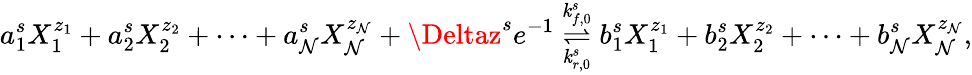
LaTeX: a_{1}^{s}X_{1}^{z_{1}}+a_{2}^{s}X_{2}^{z_{2}}+\cdots+a_{\mathcal{N}}^{s}X_{\mathcal{N}}^{z_{\mathcal{N}}}+\Deltaz^{s}e^{-1}\overset{\mathit{k}_{f,0}^{s}}{\underset{\mathit{k}_{r,0}^{s}}{\rightleftharpoons}}b_{1}^{s}X_{1}^{z_{1}}+b_{2}^{s}X_{2}^{z_{2}}+\cdots+b_{\mathcal{N}}^{s}X_{\mathcal{N}}^{z_{\mathcal{N}}},